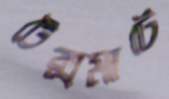
টেক্সমার্টে